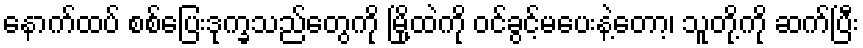
နောက်ထပ် စစ်ပြေးဒုက္ခသည်တွေကို မြို့ထဲကို ဝင်ခွင့်မပေးနဲ့တော့၊ သူတို့ကို ဆက်ပြီး